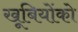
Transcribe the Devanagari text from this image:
खूबियोंको